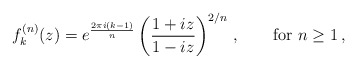
\begin{align*}f^{(n)}_k(z) = e^{2\pi i (k-1)\over n} \left({1+iz\over 1-iz}\right)^{2/n}\,,\qquad \hbox{for} \ n\geq 1\,,\end{align*}